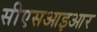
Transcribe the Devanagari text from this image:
सीएसआइआर